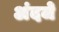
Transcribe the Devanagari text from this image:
अंदजे